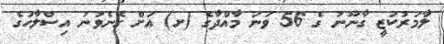
ލާމަރުކަޒީ ގާނޫނު ގެ 56 ވަނަ މާއްދާގެ (ށ) އަށް ގެނެވުނު އިސްލާހުގެ